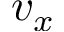
v _ { x }